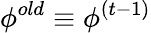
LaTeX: \phi^{old}\equiv\phi^{(t-1)}